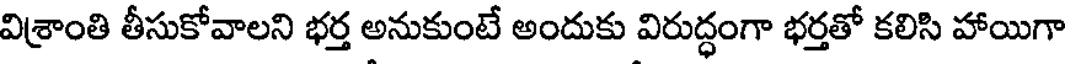
విశ్రాంతి తీసుకోవాలని భర్త అనుకుంటే అందుకు విరుద్ధంగా భర్తతో కలిసి హాయిగా